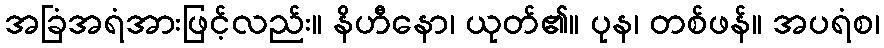
အခြံအရံအားဖြင့်လည်း။ နိဟီနော၊ ယုတ်၏။ ပုန၊ တစ်ဖန်။ အပရံစ၊